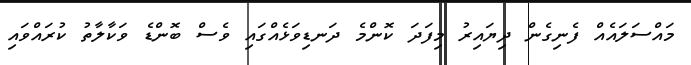
މައްސަލައެއް ފެނިގެން ދިޔައިރު މިފަދަ ކޮންމެ ދަނޑިވަޅެއްގައި ވެސް ބޮންޑެ ވަކާލާތު ކުރައްވައި